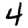
Digit: 4